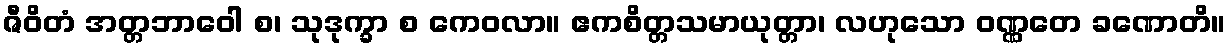
ဇီဝိတံ အတ္တဘာဝေါ စ၊ သုဒုက္ခာ စ ကေဝလာ။ ဧကစိတ္တသမာယုတ္တာ၊ လဟုသော ဝဏ္ဏတေ ခဏောတိ။